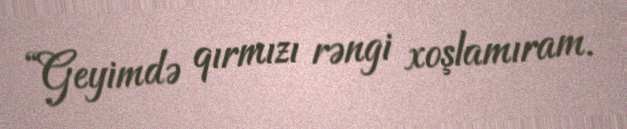
“Geyimdə qırmızı rəngi xoşlamıram.